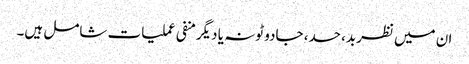
ان میں نظربد، حسد، جادو ٹونہ یا دیگرمنفی عملیات شامل ہیں۔